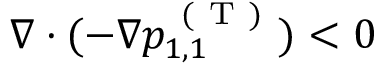
\nabla \cdot ( - \nabla p _ { 1 , 1 } ^ { \mathrm { ~ ( ~ T ~ ) ~ } } ) < 0